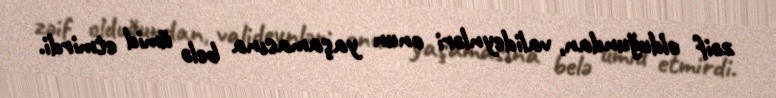
zəif olduğundan, valideynləri onun yaşamasına belə ümid etmirdi.